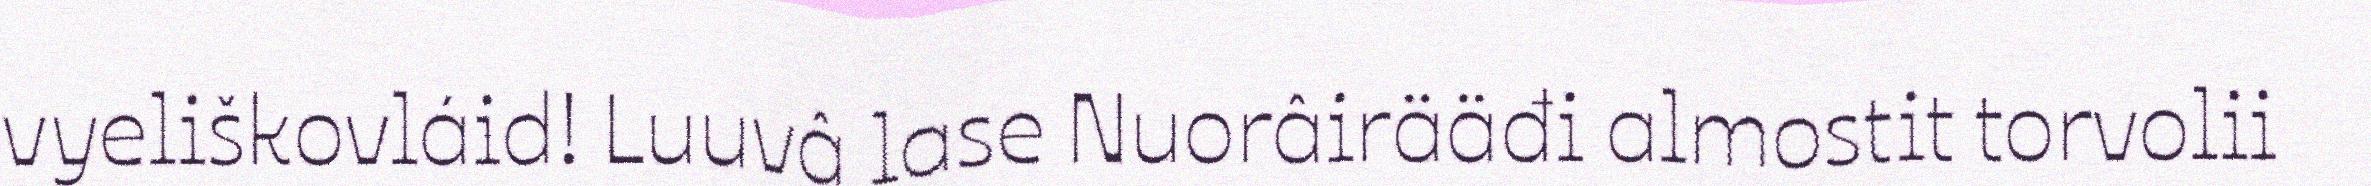
vyeliškovláid! Luuvâ lase Nuorâirääđi almostit torvolii